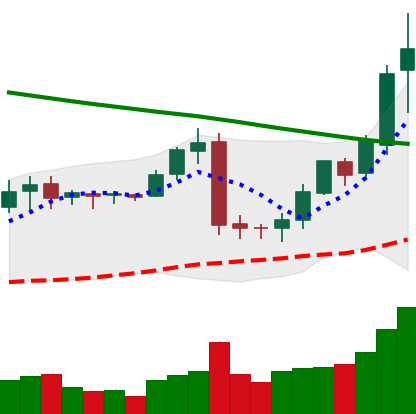
Ticker: BNB-USD
Chart end date: 2019-02-06
Forward return: 18.125%
Label: up_7plus